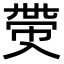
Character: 𠓶